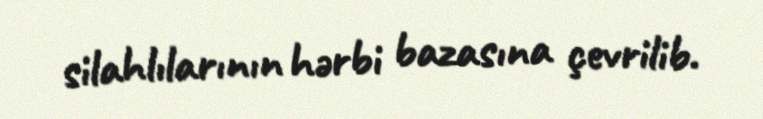
silahlılarının hərbi bazasına çevrilib.